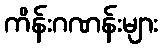
ကိန်းဂဏန်းများ